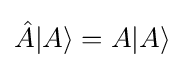
{\hat {A}}|A\rangle =A|A\rangle